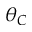
\theta _ { C }